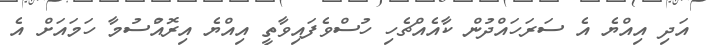
އަދި އިއްޔެ އެ ސަރަހައްދުން ކާއެއްޗެހި ހުސްވެފައިވާތީ އިއްޔެ އިރޮއްުސުމާ ހަމައަށް އެ